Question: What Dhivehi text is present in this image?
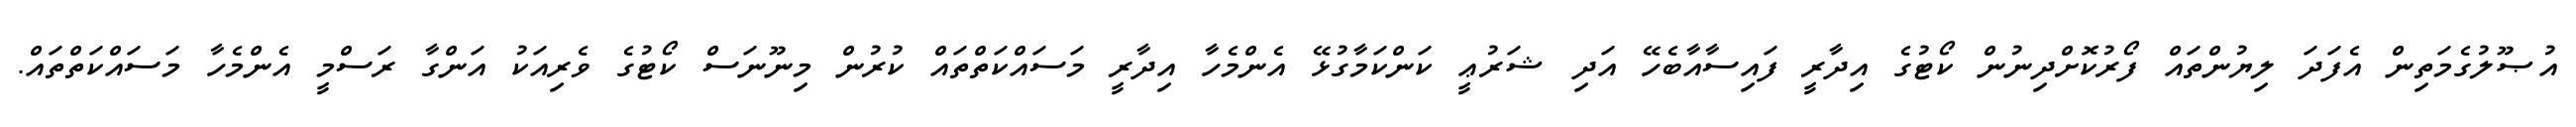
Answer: އުޞޫލުގެމަތިން އެފަދަ ލިޔުންތައް ފޯރުކޮށްދިނުން ކޯޓުގެ އިދާރީ ފައިސާއާބެހޭ އަދި ޝަރުޢީ ކަންކަމާގުޅޭ އެންމެހާ އިދާރީ މަސައްކަތްތައް ކުރުން މިނޫނަސް ކޯޓުގެ ވެރިއަކު އަންގާ ރަސްމީ އެންމެހާ މަސައްކަތްތައް.